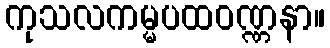
ကုသလကမ္မပထဝဏ္ဏနာ။